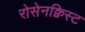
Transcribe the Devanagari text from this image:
रोसेनक्विस्ट